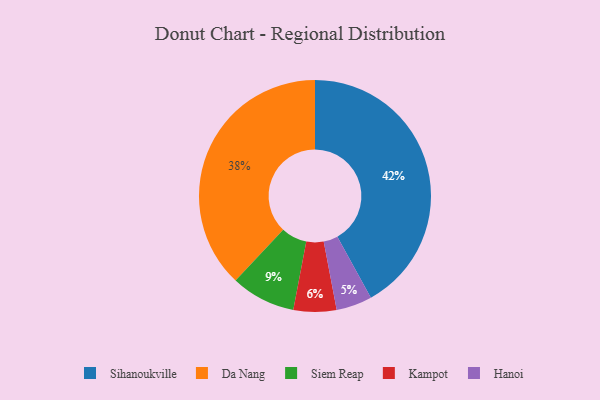
{"axis": {"x": "Category", "y": "Percentage"}, "legend": ["Da Nang", "Hanoi", "Kampot", "Siem Reap", "Sihanoukville"], "data": [{"x": "Da Nang", "y": 38, "type": "Da Nang"}, {"x": "Siem Reap", "y": 9, "type": "Siem Reap"}, {"x": "Hanoi", "y": 5, "type": "Hanoi"}, {"x": "Sihanoukville", "y": 42, "type": "Sihanoukville"}, {"x": "Kampot", "y": 6, "type": "Kampot"}]}